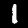
Label: 1